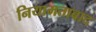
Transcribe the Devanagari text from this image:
नियामताबाद